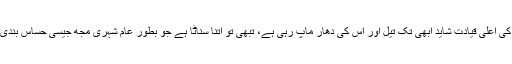
حکمران جماعت کی اعلیٰ قیادت شاید ابھی تک تیل اور اس کی دھار ماپ رہی ہے، تبھی تو اتنا سناٹا ہے جو بطور عام شہری مجھ جیسی حساس بندی کو کاٹ رہا ہے۔